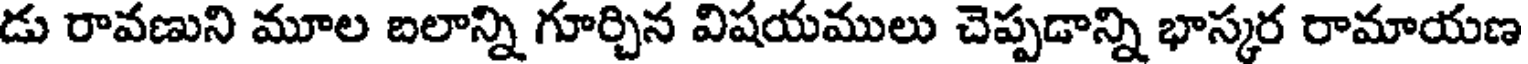
డు రావణుని మూల బలాన్ని గూర్చిన విషయములు చెప్పడాన్ని భాస్కర రామాయణ